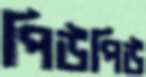
পিউপিউ